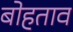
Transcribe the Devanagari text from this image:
बोहताव